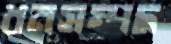
ধনসম্পদ